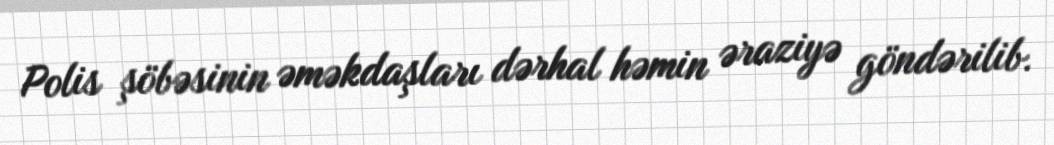
Polis şöbəsinin əməkdaşları dərhal həmin əraziyə göndərilib.